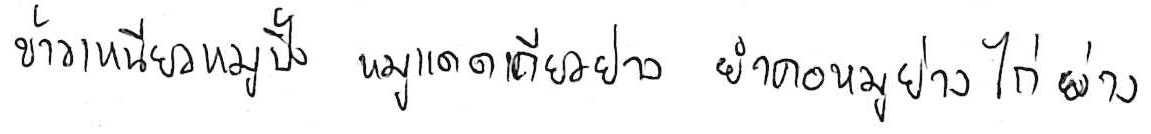
ข้าวเหนียวหมูปิ้ง หมูแดดเดียวย่าง ยำคอหมูย่าง ไก่ย่าง